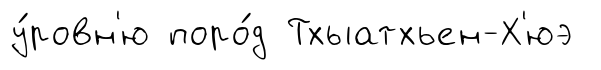
у́ровн'ю поро́д Тхыатхьен-Х'юэ